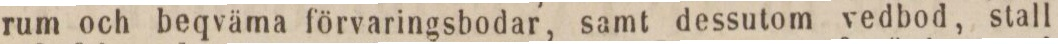
rum och beqväma förvaringsbodar, samt dessutom vedbod, stall